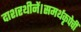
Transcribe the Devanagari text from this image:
दाशरथीनें।समर्थकृपेचीं